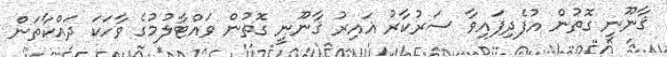
ޤާނޫނީ ގޮތުން އުފެދިފައިވާ ސަރުކާރު ޣައިރު ޤާނޫނީ ގޮތުން ވައްޓާލުމުގެ ވާހަކަ ދައްކާތަން